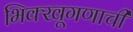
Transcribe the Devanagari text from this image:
भिक्खूगणाची